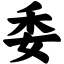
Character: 委